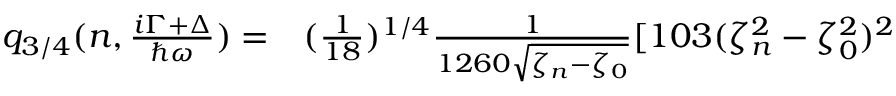
\begin{array} { r l } { q _ { 3 / 4 } ( n , \frac { i \Gamma + \Delta } { \hbar \omega } ) = } & { { } ( \frac { 1 } { 1 8 } ) ^ { 1 / 4 } \frac { 1 } { 1 2 6 0 \sqrt { \zeta _ { n } - \zeta _ { 0 } } } [ 1 0 3 ( \zeta _ { n } ^ { 2 } - \zeta _ { 0 } ^ { 2 } ) ^ { 2 } } \end{array}